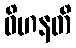
ဝိဟနတိ